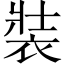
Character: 裝